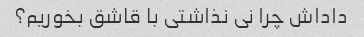
داداش چرا نی نذاشتی با قاشق بخوریم؟